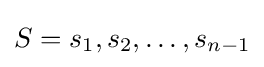
{\textstyle S=s_{1},s_{2},\dots ,s_{n-1}}